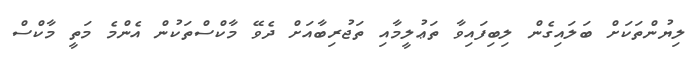
ލިޔުންތަކަށް ބަލައިގެން ލިބިފައިވާ ތަޢުލީމާއި ތަޖުރިބާއަށް ދެވޭ މާކްސްތަކުން އެންމެ މަތީ މާކްސް